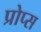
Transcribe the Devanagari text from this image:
प्रोप्स